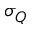
\sigma _ { Q }